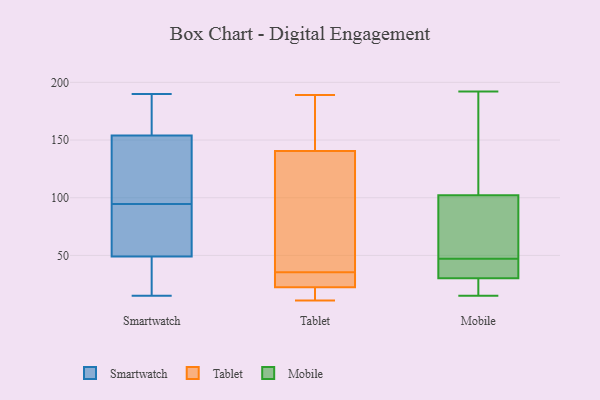
{"axis": {"x": "Conversion Rate (%)", "y": "Value"}, "legend": ["Mobile", "Smartwatch", "Tablet"], "data": [{"x": "", "y": 49, "type": "Smartwatch"}, {"x": "", "y": 37, "type": "Smartwatch"}, {"x": "", "y": 85, "type": "Smartwatch"}, {"x": "", "y": 55, "type": "Smartwatch"}, {"x": "", "y": 15, "type": "Smartwatch"}, {"x": "", "y": 106, "type": "Smartwatch"}, {"x": "", "y": 93, "type": "Smartwatch"}, {"x": "", "y": 154, "type": "Smartwatch"}, {"x": "", "y": 96, "type": "Smartwatch"}, {"x": "", "y": 190, "type": "Smartwatch"}, {"x": "", "y": 51, "type": "Smartwatch"}, {"x": "", "y": 24, "type": "Smartwatch"}, {"x": "", "y": 121, "type": "Smartwatch"}, {"x": "", "y": 155, "type": "Smartwatch"}, {"x": "", "y": 164, "type": "Smartwatch"}, {"x": "", "y": 118, "type": "Smartwatch"}, {"x": "", "y": 34, "type": "Smartwatch"}, {"x": "", "y": 160, "type": "Smartwatch"}, {"x": "", "y": 23, "type": "Tablet"}, {"x": "", "y": 35, "type": "Tablet"}, {"x": "", "y": 11, "type": "Tablet"}, {"x": "", "y": 166, "type": "Tablet"}, {"x": "", "y": 22, "type": "Tablet"}, {"x": "", "y": 77, "type": "Tablet"}, {"x": "", "y": 13, "type": "Tablet"}, {"x": "", "y": 189, "type": "Tablet"}, {"x": "", "y": 36, "type": "Tablet"}, {"x": "", "y": 31, "type": "Tablet"}, {"x": "", "y": 167, "type": "Tablet"}, {"x": "", "y": 115, "type": "Tablet"}, {"x": "", "y": 46, "type": "Mobile"}, {"x": "", "y": 47, "type": "Mobile"}, {"x": "", "y": 67, "type": "Mobile"}, {"x": "", "y": 124, "type": "Mobile"}, {"x": "", "y": 38, "type": "Mobile"}, {"x": "", "y": 192, "type": "Mobile"}, {"x": "", "y": 95, "type": "Mobile"}, {"x": "", "y": 59, "type": "Mobile"}, {"x": "", "y": 31, "type": "Mobile"}, {"x": "", "y": 21, "type": "Mobile"}, {"x": "", "y": 169, "type": "Mobile"}, {"x": "", "y": 28, "type": "Mobile"}, {"x": "", "y": 15, "type": "Mobile"}]}